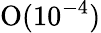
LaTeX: \mathrm{O}(10^{-4})